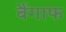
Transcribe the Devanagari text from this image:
बैंगाफ